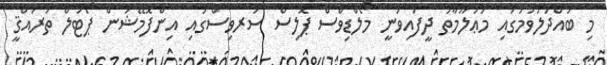
މި ބައްދަލުވުމުގައި މަޢުލޫމާތު ދީފައިވަނީ މޯލްޑިވްސް ޕޮލިސް ސަރވިސްގައި އިންފޮމޭޝަން ޕޯޓަލް ތަރައްޤީ